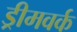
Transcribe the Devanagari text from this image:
ड्रीमवर्क